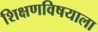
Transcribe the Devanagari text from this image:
शिक्षणविषयाला